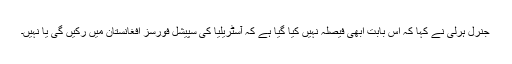
جنرل ہرلی نے کہا کہ اس بابت ابھی فیصلہ نہیں کیا گیا ہے کہ آسٹریلیا کی سپیشل فورسز افغانستان میں رکیں گی یا نہیں۔